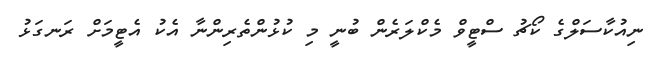
ނިއުކާސަލްގެ ކޯޗު ސްޓީވް މެކްލަރެން ބުނީ މި ކުޅުންތެރިންނާ އެކު އެޓީމަށް ރަނގަޅު